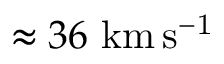
\approx 3 6 ~ \mathrm { k m \, s ^ { - 1 } }